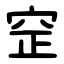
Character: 䆙